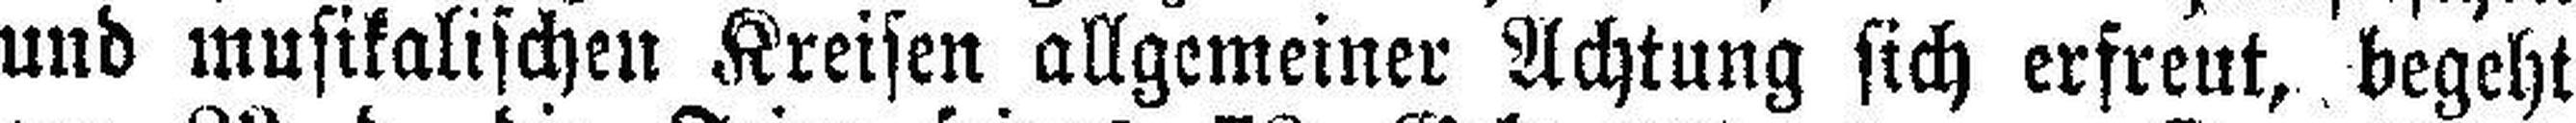
und musikalischen Kreisen allgemeiner Achtung sich erfreut, begeht